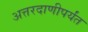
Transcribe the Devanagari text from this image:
अत्तरदाणीपर्यंत